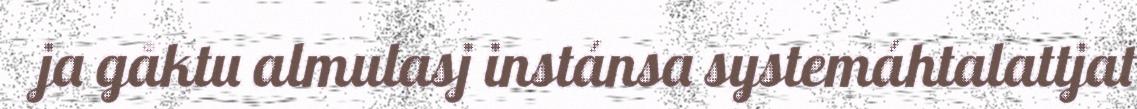
ja gåktu almulasj instánsa systemáhtalattjat